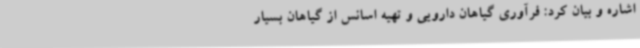
اشاره و بیان کرد: فرآوری گیاهان دارویی و تهیه اسانس از گیاهان بسیار